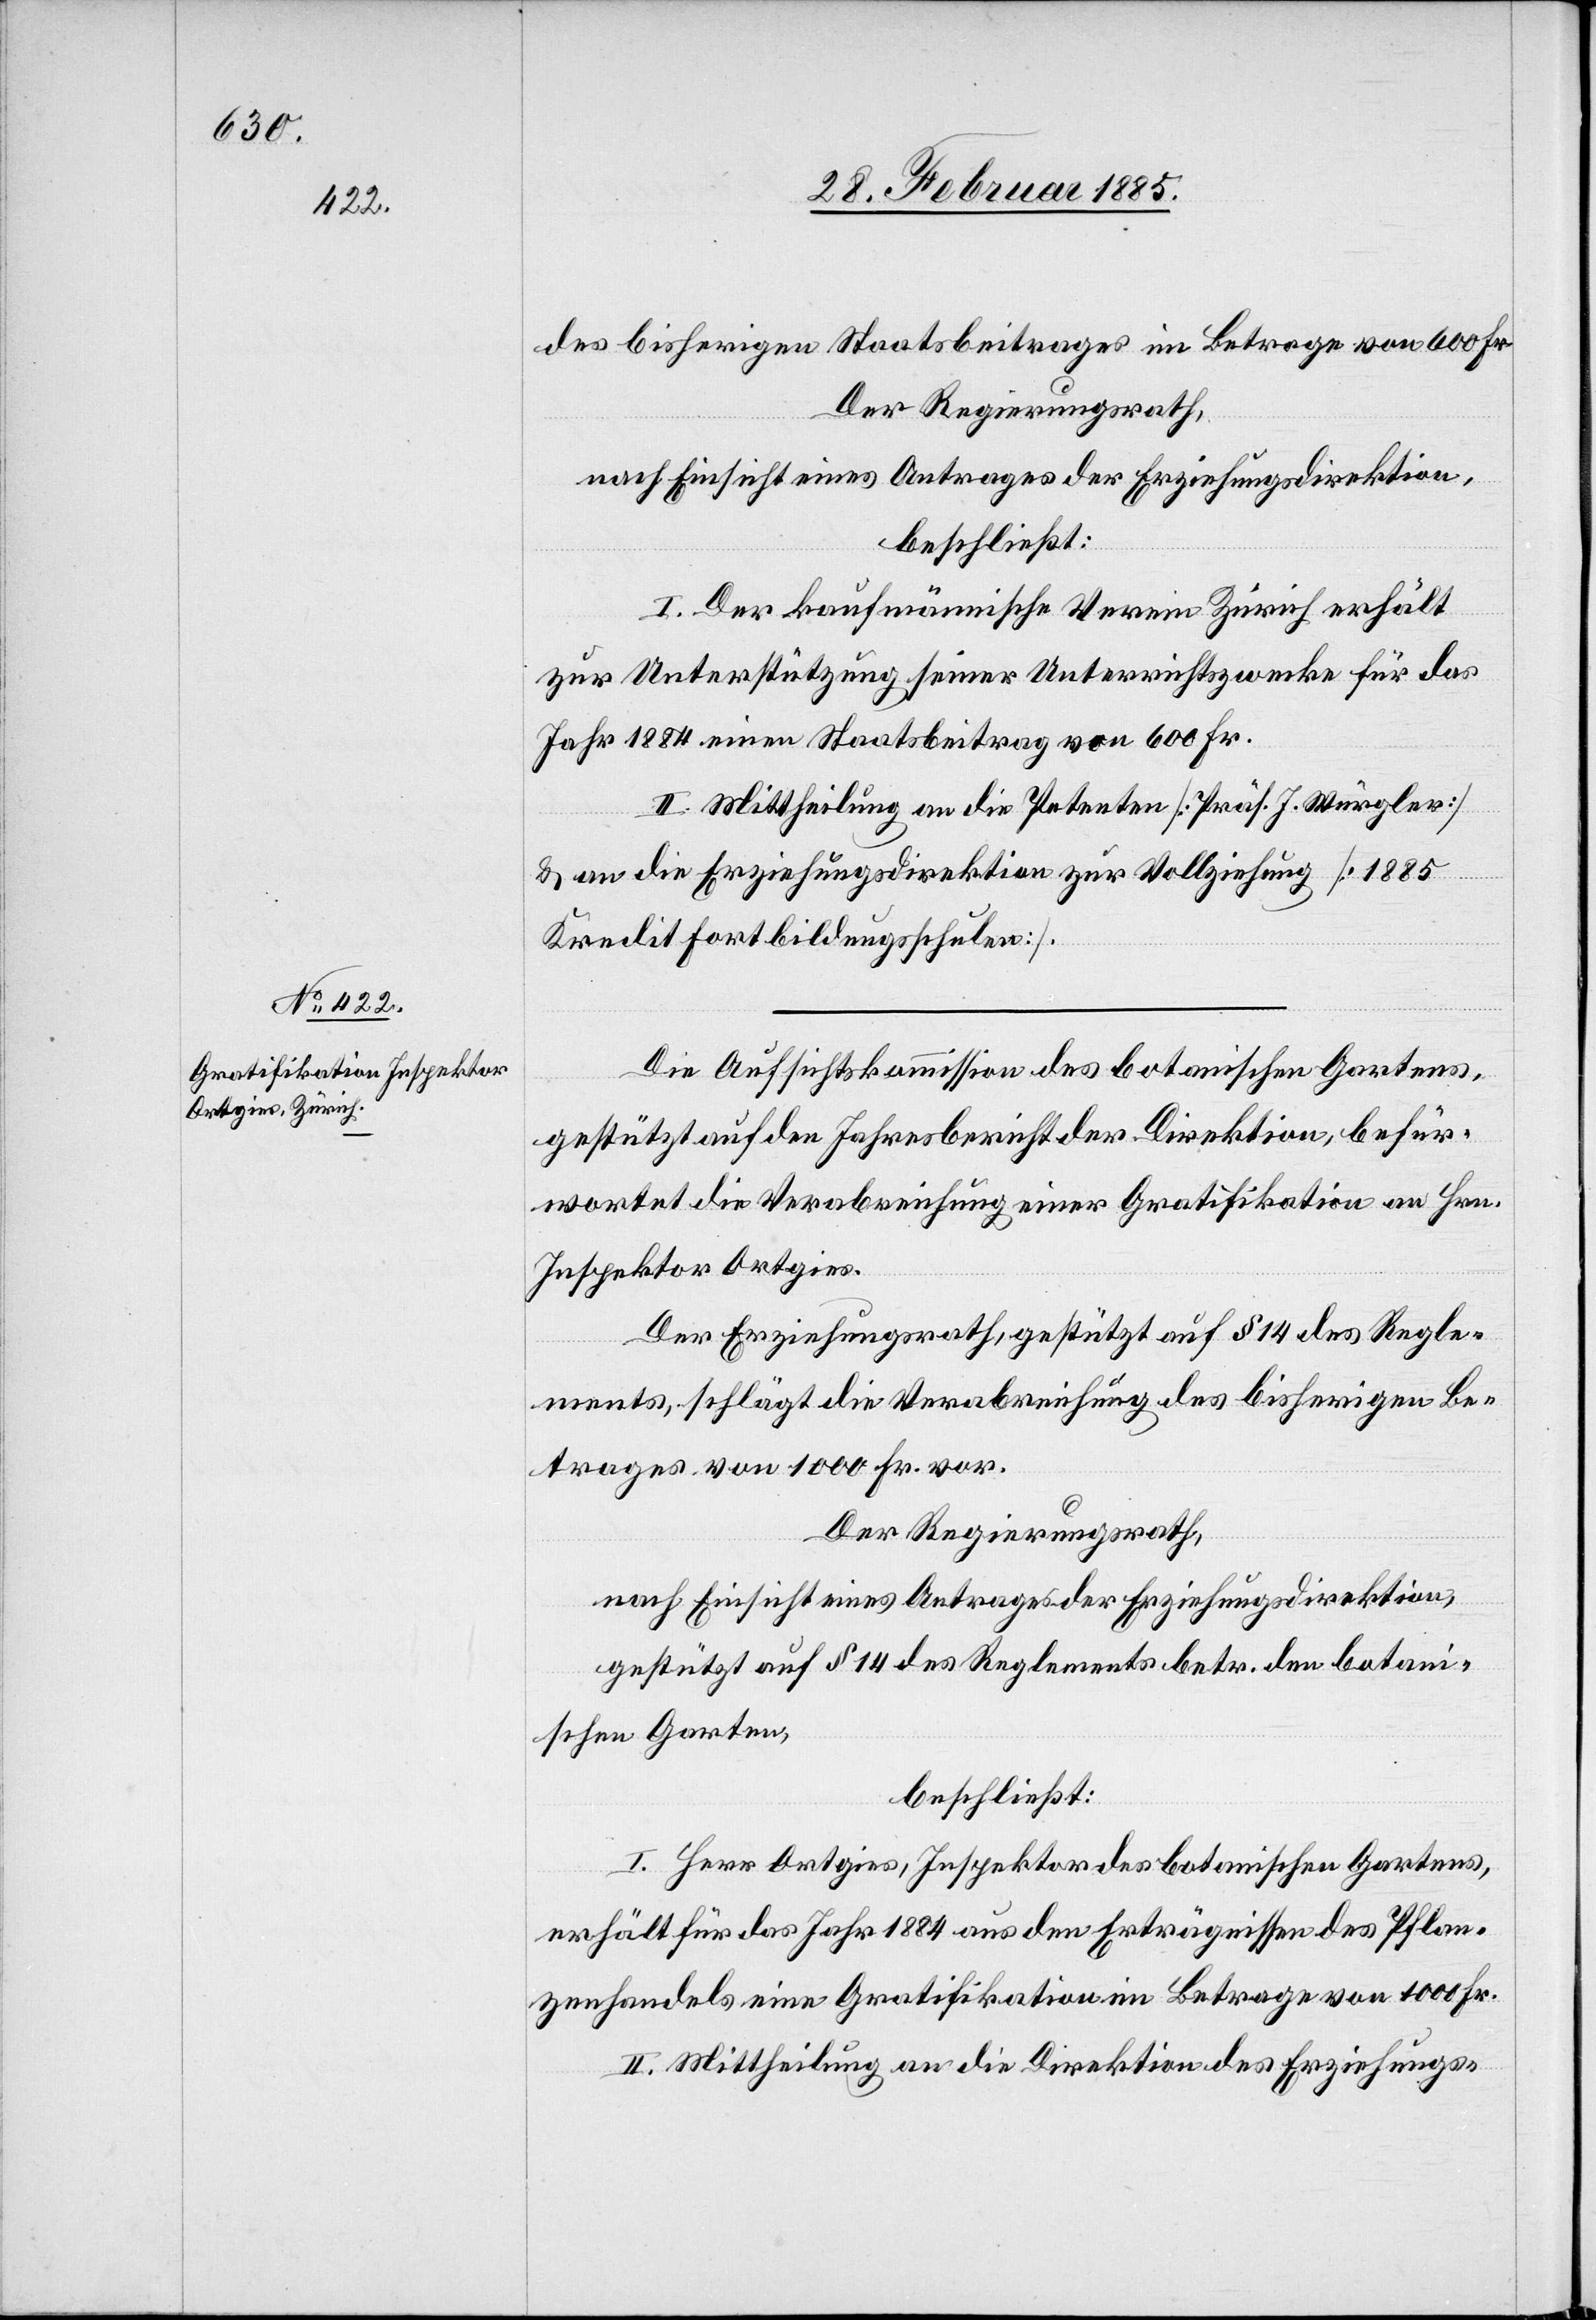
des bisherigen Staatsbeitrages im Betrage von 600 Fr.
Der Regierungsrath,
nach Einsicht eines Antrages der Erziehungsdirektion,
beschließt:
I. Der kaufmännische Verein Zürich erhält
zur Unterstützung seiner Unterrichtszwecke für das
Jahr 1884 einen Staatsbeitrag von 600 Fr.
II. Mittheilung an die Petenten [Präs. J. Würgler]
& an die Erziehungsdirektion zur Vollziehung [1885
Kredit Fortbildungsschulen].
Die Aufsichtskommission des botanischen Gartens,
gestützt auf den Jahresbericht der Direktion, befür¬
wortet die Verabreichung einer Gratifikation an Hrn.
Inspektor Ortgies.
Der Erziehungsrath, gestützt auf § 14 des Regle¬
ments, schlägt die Verabreichung des bisherigen Er¬
trages von 1000 Fr. vor.
Der Regierungsrath,
nach Einsicht eines Antrages der Erziehungsdirektion,
gestützt auf § 14 des Reglements betr. den botan¬
ischen Garten,
beschließt:
I. Herr Ortgies, Inspektor des botanischen Gartens,
erhält für das Jahr 1884 aus den Erträgnissen des Pflan¬
zenhandels eine Gratifikation im Betrage von 1000 Fr.
II. Mittheilung an die Direktion des Erziehungs-